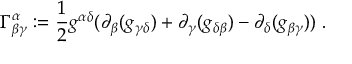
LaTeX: \Gamma _ { \beta \gamma } ^ { \alpha } : = \frac { 1 } { 2 } g ^ { \alpha \delta } ( \partial _ { \beta } ( g _ { \gamma \delta } ) + \partial _ { \gamma } ( g _ { \delta \beta } ) - \partial _ { \delta } ( g _ { \beta \gamma } ) ) \ .